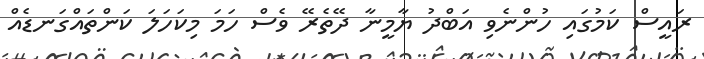
ރައީސް ކަމުގައި ހުންނެވި އަބްދު ޔާމީނާ ދޭތެރޭ ވެސް ހަމަ މިކަހަލަ ކަންތައްގަނޑެއް